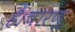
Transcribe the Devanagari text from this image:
हैं।चारण